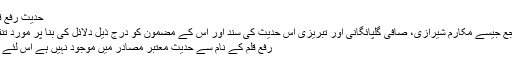
حدیث رفع قلم کا تنقیدی جائزہ
موجودہ بعض مراجع جیسے مکارم شیرازی، صافی گلپائگانی اور تبریزی اس حدیث کی سند اور اس کے مضمون کو درج ذیل دلائل کی بنا پر مورد تنقید قرار دیتے ہیں:
رفع قلم کے نام سے حدیث معتبر مصادر میں موجود نہیں ہے اس لئے یہ غیر معتبر ہے۔